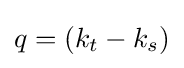
q=(k_{t}-k_{s})